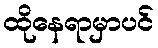
ထိုနေရာမှာပင်